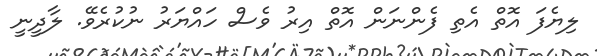
ލިޔެފަ އޮތް އެތި ފެންނަން އޮތް އިރު ވެސް ހައްޔަރު ނުކުރެވޭ. ލާދީނީ